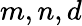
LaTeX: m,n,d